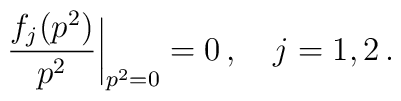
\frac{f_{j}(p^2)}{p^2}{\bigg|}_{p^2 =0} =0\,,\quad j=1,2\,.